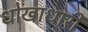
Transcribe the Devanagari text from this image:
धोखाधारी